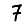
Digit: 7